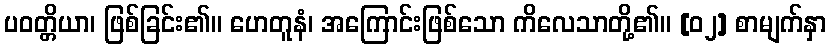
ပဝတ္တိယာ၊ ဖြစ်ခြင်း၏။ ဟေတူနံ၊ အကြောင်းဖြစ်သော ကိလေသာတို့၏။ [၀၂] စာမျက်နှာ